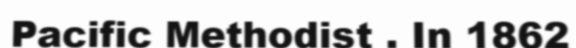
Pacific Methodist . In 1862